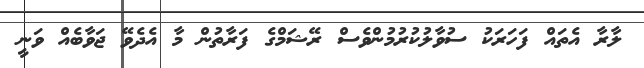
ލާރާ އެތައް ފަހަރަކު ސުވާލުކުރުމުންވެސް ރޭޝަމްގެ ފަރާތުން މާ އެދެވޭ ޖަވާބެއް ވަނީ